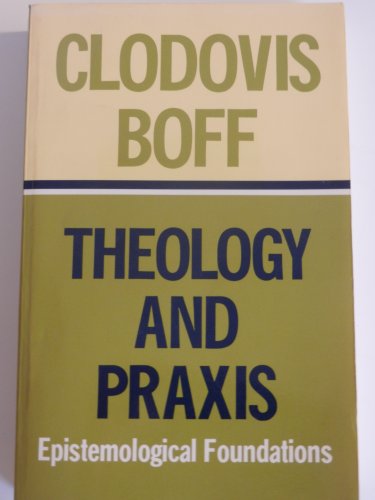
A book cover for Theology and Praxis: Epistemological Foundations; Clodovis Boff; Christian Books & Bibles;